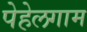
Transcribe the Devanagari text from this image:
पेहेलगाम